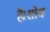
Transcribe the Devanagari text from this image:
है।शोथ